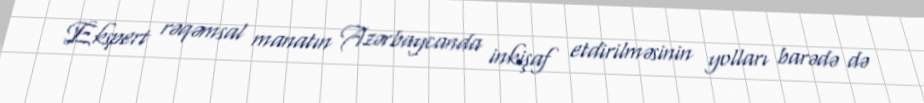
Ekspert rəqəmsal manatın Azərbaycanda inkişaf etdirilməsinin yolları barədə də